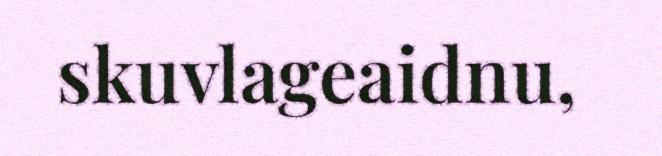
skuvlageaidnu,